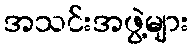
အသင်းအဖွဲ့များ